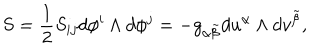
S = \frac { 1 } { 2 } S _ { i j } d \phi ^ { i } \wedge d \phi ^ { j } = - g _ { \alpha \tilde { \beta } } d u ^ { \alpha } \wedge d v ^ { \tilde { \beta } } ,